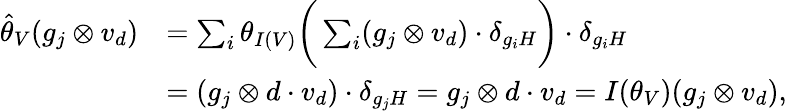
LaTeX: \begin{array}{rl}{\hat{\theta}_{V}(g_{j}\otimes v_{d})}&{=\sum_{i}\theta_{I(V)}\bigg(\sum_{i}(g_{j}\otimes v_{d})\cdot\delta_{g_{i}H}\bigg)\cdot\delta_{g_{i}H}}\\ &{=(g_{j}\otimes d\cdot v_{d})\cdot\delta_{g_{j}H}=g_{j}\otimes d\cdot v_{d}=I(\theta_{V})(g_{j}\otimes v_{d}),}\end{array}